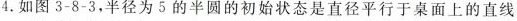
4.如图3-8-3，半径为5的半圆的初始状态是直径平行于桌面上的直线